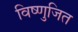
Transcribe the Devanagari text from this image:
विष्णुजित